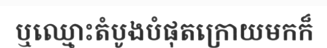
ឬឈ្មោះតំបូងបំផុតក្រោយមកក៏